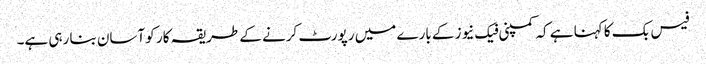
فیس بک کا کہنا ہے کہ کمپنی فیک نیوز کے بارے میں رپورٹ کرنے کے طریقہ کار کو آسان بنا رہی ہے۔